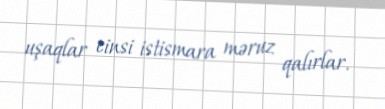
uşaqlar cinsi istismara məruz qalırlar.